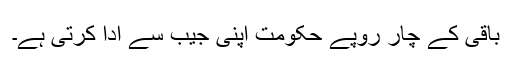
باقی کے چار روپے حکومت اپنی جیب سے ادا کرتی ہے۔